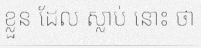
ខ្លួន ដែល ស្លាប់ នោះ ថា